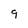
Character: 9